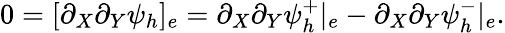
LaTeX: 0=[\partial_{X}\partial_{Y}\psi_{h}]_{e}=\partial_{X}\partial_{Y}\psi_{h}^{+}|_{e}-\partial_{X}\partial_{Y}\psi_{h}^{-}|_{e}.